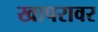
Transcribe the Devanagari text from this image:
खापरावर